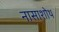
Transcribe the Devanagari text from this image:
नासाशोथ